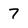
Character: 7